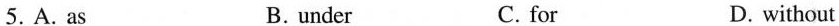
5.A.As B.under C.for D.without